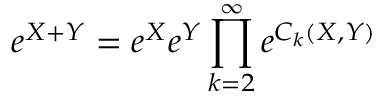
e ^ { X + Y } = e ^ { X } e ^ { Y } \prod _ { k = 2 } ^ { \infty } e ^ { C _ { k } ( X , Y ) }